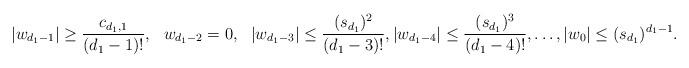
LaTeX: \begin{align*} |w_{d_{1}-1}|\ge \frac{c_{d_{1}, 1}}{(d_1-1)!}, \ \ w_{d_{1}-2}=0, \ \ |w_{d_{1}-3}|\leq \frac{(s_{d_{1}})^2}{(d_1-3)!}, |w_{d_{1}-4}|\leq \frac{(s_{d_{1}})^3}{(d_1-4)!}, \dots, |w_0|\leq (s_{d_{1}})^{d_{1}-1}. \end{align*}